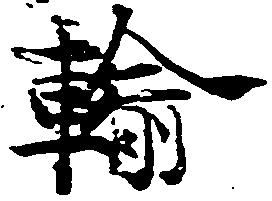
輸